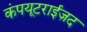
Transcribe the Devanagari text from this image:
कंपयूटराईज़द